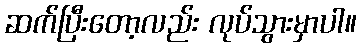
ဆက်ပြီးတော့လည်း လုပ်သွားမှာပါ။